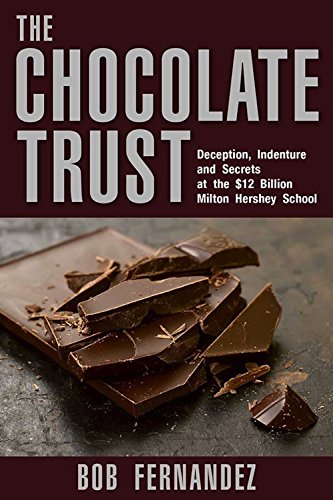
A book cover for The Chocolate Trust: Deception, Indenture and Secrets at the $12 Billion Milton Hershey School; Bob Fernandez; History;